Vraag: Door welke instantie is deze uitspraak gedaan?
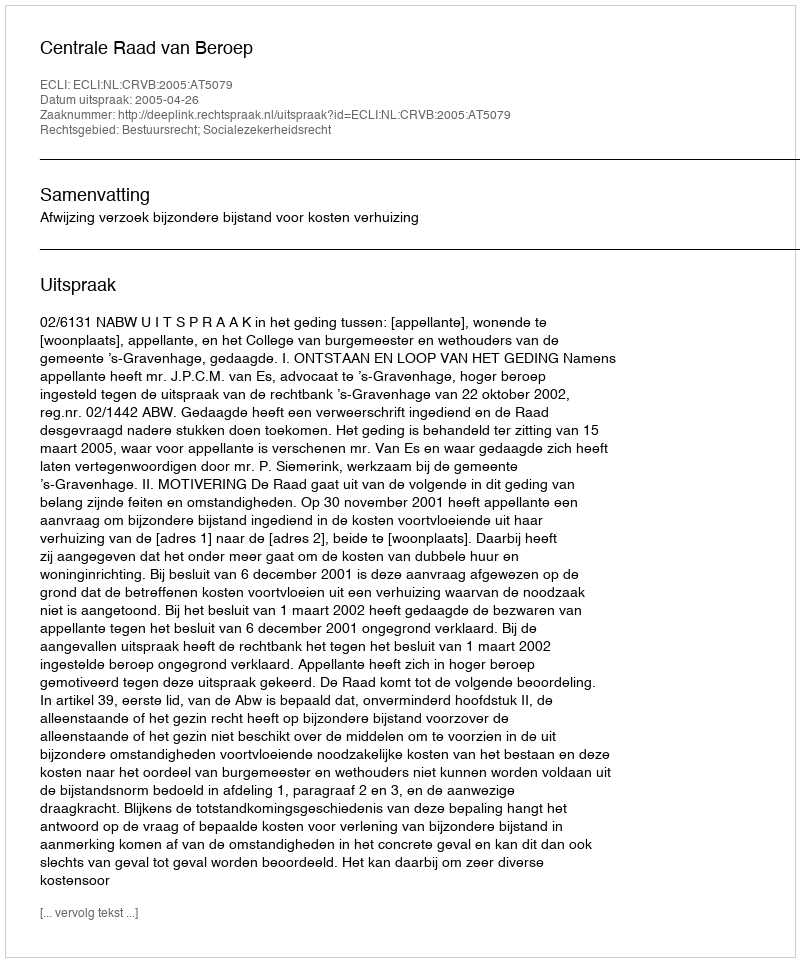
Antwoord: Centrale Raad van Beroep